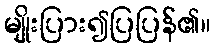
မျိုးပြား၍ပြပြန်၏။